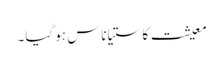
معیشت کا ستیاناس ہو گیا۔